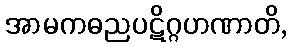
အာမကဓညပဋိဂ္ဂဟဏာတိ,